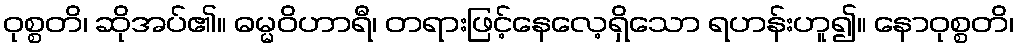
ဝုစ္စတိ၊ ဆိုအပ်၏။ ဓမ္မဝိဟာရီ၊ တရားဖြင့်နေလေ့ရှိသော ရဟန်းဟူ၍။ နောဝုစ္စတိ၊